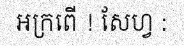
អក្រពើ ! សែហ្វ :